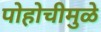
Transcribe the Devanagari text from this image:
पोहोचीमुळे